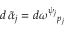
d \, \widetilde { \alpha } _ { j } = d \omega ^ { \psi _ { j } } { } _ { p _ { j } }